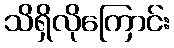
သိရှိလိုကြောင်း